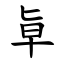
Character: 㔬